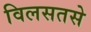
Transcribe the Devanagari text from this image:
विलसतसे